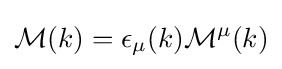
{\mathcal {M}}(k)=\epsilon _{\mu }(k){\mathcal {M}}^{\mu }(k)